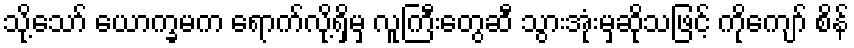
သို့သော် ယောက္ခမက ရောက်လို့ရှိမှ လူကြီးတွေဆီ သွားအုံးမှဆိုသဖြင့် ကိုကျော် စိန်